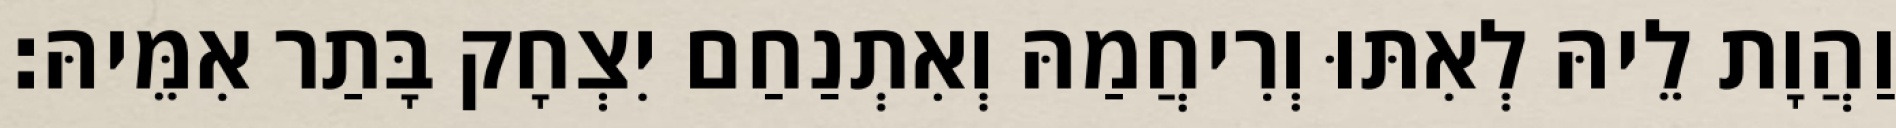
וַהֲוָת לֵיהּ לְאִתּוּ וְרִיחֲמַהּ וְאִתְנַחַם יִצְחָק בָּתַר אִמֵּיהּ׃